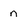
Character: n